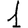
Digit: 1